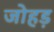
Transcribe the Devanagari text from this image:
जोहड़